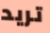
تريد